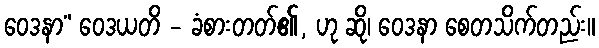
ဝေဒနာ” ဝေဒယတိ - ခံစားတတ်၏, ဟု ဆို၊ ဝေဒနာ စေတသိက်တည်း။